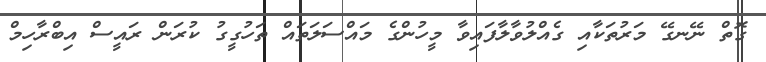
ގޮތް ނޭނގޭ މަރުތަކާއި ގެއްލުވާލާފައިވާ މީހުންގެ މައްސަލަތައް ތަހުގީގު ކުރަން ރައީސް އިބްރާހިމް